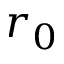
r _ { 0 }